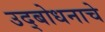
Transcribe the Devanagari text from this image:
उद्‌बोधनाचे